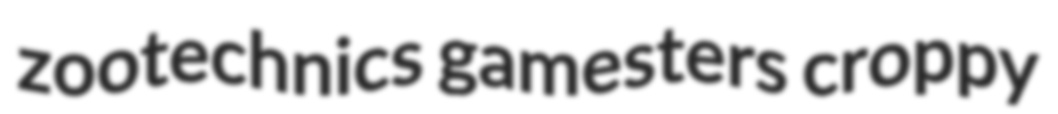
zootechnics gamesters croppy